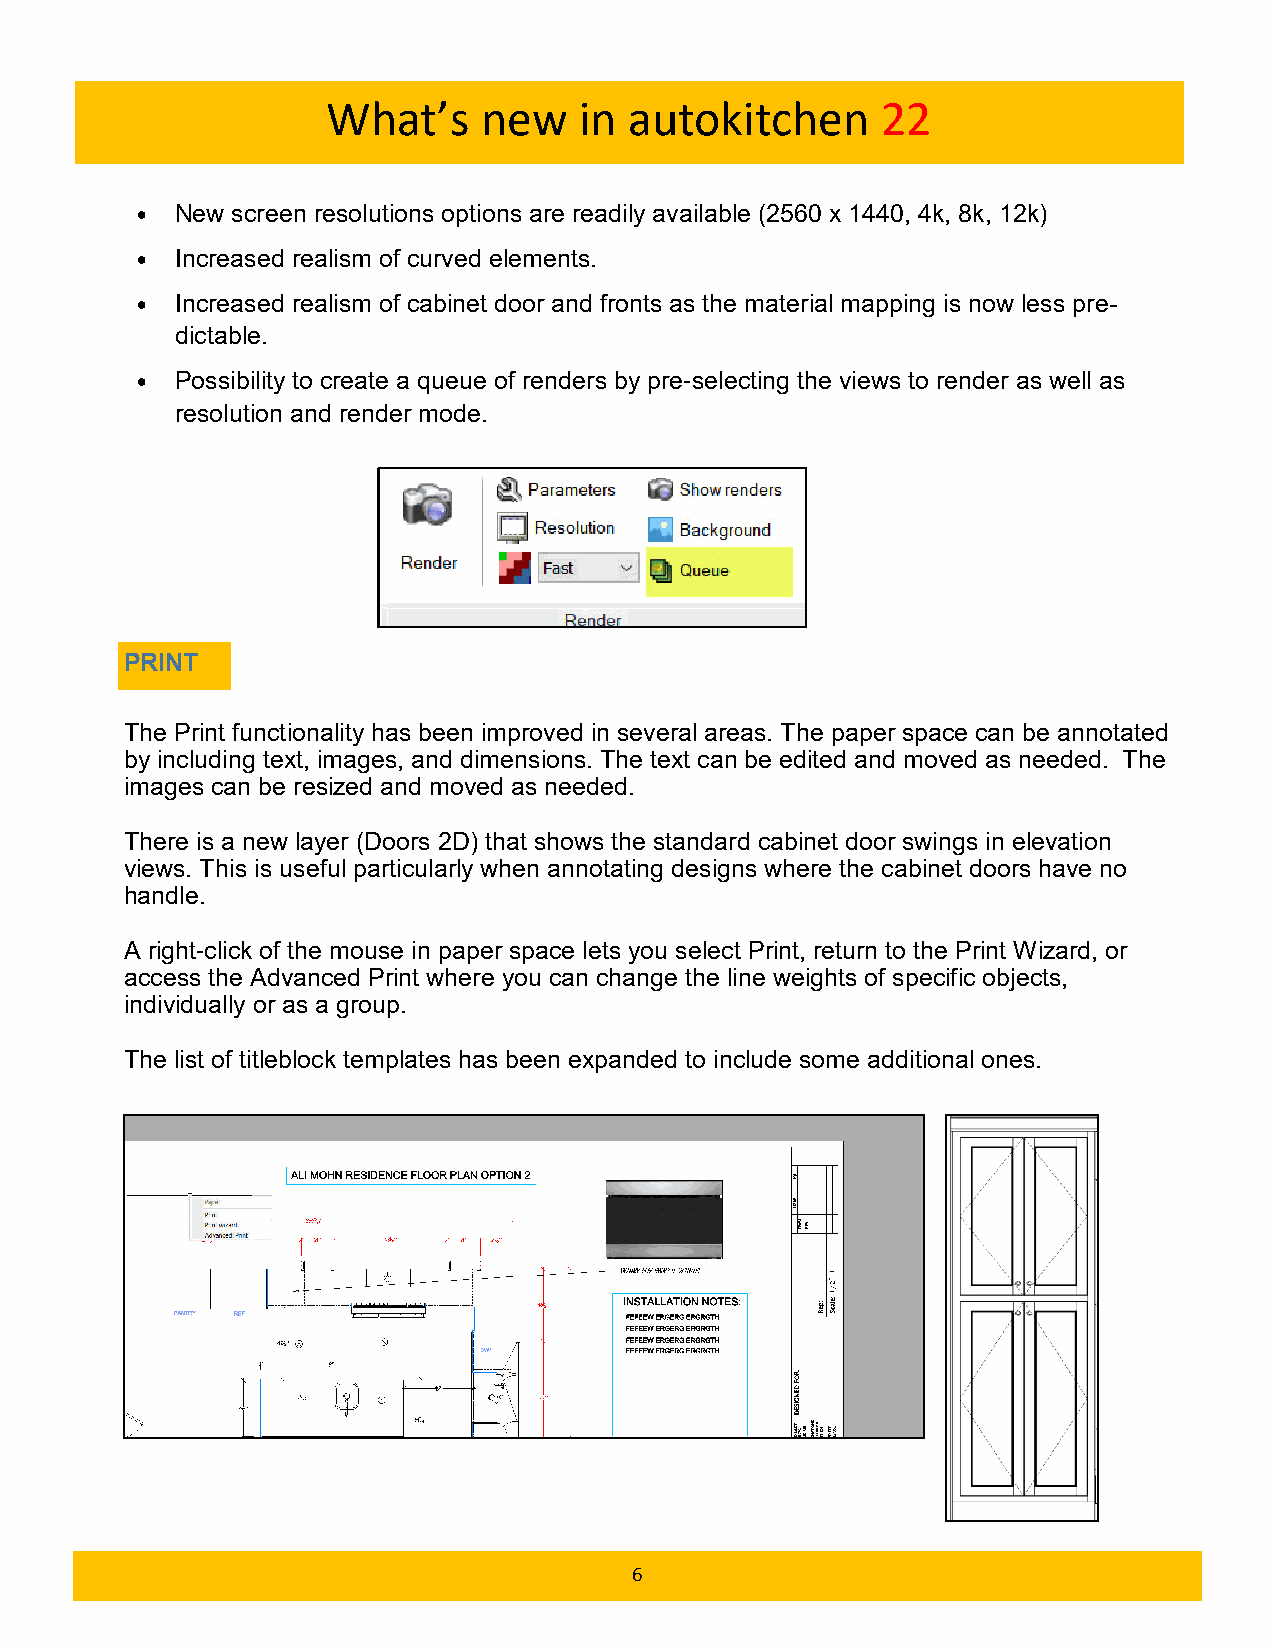
What’s    new   in  autokitchen     22
 •  New screen resolutions options are readily available (2560 x 1440, 4k, 8k, 12k)
 •  Increased realism of curved elements.
 •  Increased realism of cabinet door and fronts as the material mapping is now less pre-
 dictable.
 •  Possibility to create a queue of renders by pre-selecting the views to render as well as
 resolution and render mode.
 PRINT
 The Print functionality has been improved in several areas. The paper space can be annotated
 by including text, images, and dimensions. The text can be edited and moved as needed. The
 images can be resized and moved as needed.
 There is a new layer (Doors 2D) that shows the standard cabinet door swings in elevation
 views. This is useful particularly when annotating designs where the cabinet doors have no
 handle.
 A right-click of the mouse in paper space lets you select Print, return to the Print Wizard, or
 access the Advanced Print where you can change the line weights of specific objects,
 individually or as a group.
 The list of titleblock templates has been expanded to include some additional ones.
 6